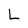
Character: L